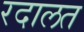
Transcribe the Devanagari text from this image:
रदालत